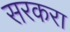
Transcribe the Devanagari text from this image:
सरकरा